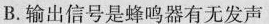
B.输出信号是蜂鸣器有无发声